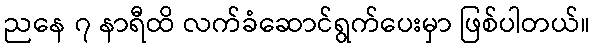
ညနေ ၇ နာရီထိ လက်ခံဆောင်ရွက်ပေးမှာ ဖြစ်ပါတယ်။